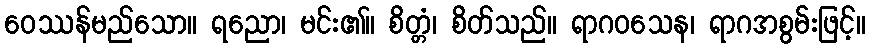
ဝေဿန်မည်သော။ ရညော၊ မင်း၏။ စိတ္တံ၊ စိတ်သည်။ ရာဂဝသေန၊ ရာဂအစွမ်းဖြင့်။